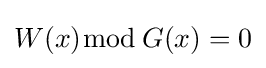
W(x){\bmod {\,}}G(x)=0